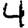
Digit: 4